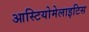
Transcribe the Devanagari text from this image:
आस्टियोमेलाइटिस